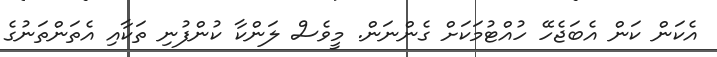
އެކަން ކަން އެބަޖެހޭ ހުއްޓުމަކަށް ގެންނަން. މީވެސް ލަންކާ ކުންފުނި ތަކާއި އެތަންތަނުގެ